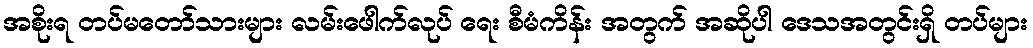
အစိုးရ တပ်မတော်သားများ လမ်းဖေါက်လုပ် ရေး စီမံကိန်း အတွက် အဆိုပါ ဒေသအတွင်းရှိ တပ်များ